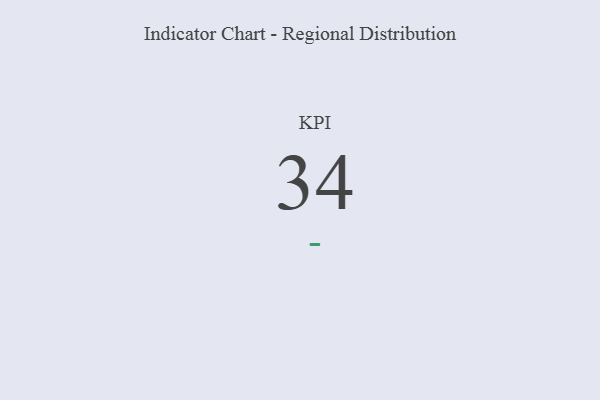
{"axis": {"x": "KPI", "y": "Value"}, "legend": [""], "data": [{"x": "KPI", "y": 34, "type": ""}]}